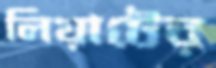
লিয়াটের